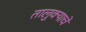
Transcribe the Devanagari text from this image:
तालुक्याचें